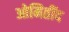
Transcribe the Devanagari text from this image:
ओमितींद